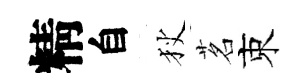
精自狄茗束